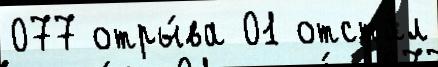
077 отры́ва 01 отста́л